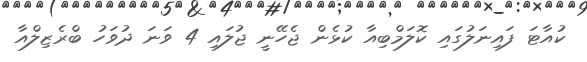
ކުއާޓަ ފައިނަލުގައި ކޮލަމްބިއާ ކުޅެން ޖެހޭނީ ޖުލައި 4 ވަނަ ދުވަހު ބްރެޒިލްއާ